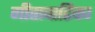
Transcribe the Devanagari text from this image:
गीतावाटिका